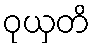
ဝုယှတိ